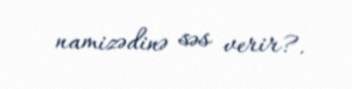
namizədinə səs verir?.